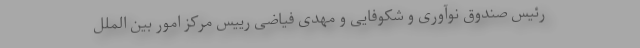
رئیس صندوق نوآوری و شکوفایی و مهدی فیاضی رییس مرکز امور بین الملل